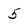
Character: 5